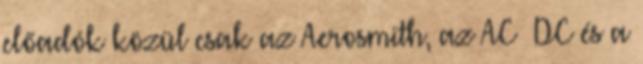
előadók közül csak az Aerosmith, az AC DC és a